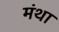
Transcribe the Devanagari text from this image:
मंथा